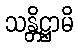
သန္တိဋ္ဌာမိ